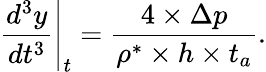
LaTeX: \frac{d^{3}y}{dt^{3}}\Bigg\rvert_{t}=\frac{4\times\Delta p}{\rho^{*}\times h\times t_{a}}.